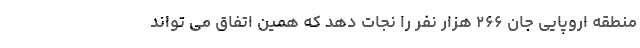
منطقه اروپایی جان ۲۶۶ هزار نفر را نجات دهد که همین اتفاق می تواند